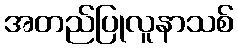
အတည်ပြုလူနာသစ်